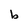
Character: b